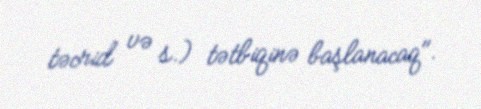
təcrid və s.) tətbiqinə başlanacaq".